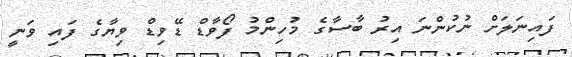
ފައިނަލަށް ނުކުންނަ އިރު ބާސާގެ މުހިންމު ފޯވާޑް ޑޭވިޑް ވިޔާގެ ފައި ވަނީ